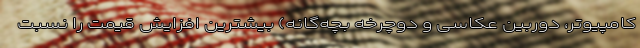
کامپیوتر، دوربین عکاسی و دوچرخه بچه­گانه) بیشترین افزایش قیمت را نسبت